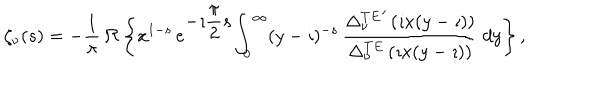
\begin{array} { c } { { \zeta _ { \nu } ( s ) = \displaystyle { - \frac { 1 } { \pi } } \, \Re \left\{ x ^ { 1 - s } \, e ^ { \displaystyle { - \imath \frac { \pi } { 2 } s } } \displaystyle { \int _ { 0 } ^ { \infty } } ( y - \imath ) ^ { - s } \, \displaystyle { \frac { { \Delta _ { \nu } ^ { T E } } ^ { \prime } \left( \imath x ( y - \imath ) \right) } { \Delta _ { \nu } ^ { T E } \left( \imath x ( y - \imath ) \right) } } \ d y \right\} , } } \\ \end{array}